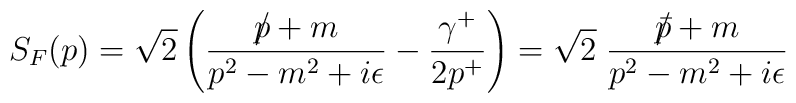
S_{F} (p) = \sqrt{2}\left(\frac{p\!\!\!\slash + m}{p^{2}-m^{2}+i\epsilon} - \frac{\gamma^{+}}{2p^{+}}\right) = \sqrt{2}\;\frac{\bar{p}\!\!\!\slash + m}{p^{2}-m^{2}+i\epsilon}